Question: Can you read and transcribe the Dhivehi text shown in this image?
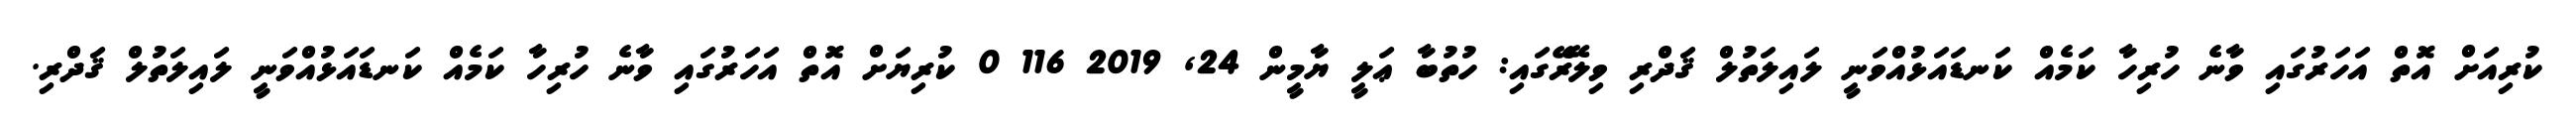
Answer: ކުރިއަށް އޮތް އަހަރުގައި ވާނެ ހުރިހާ ކަމެއް ކަނޑައަޅުއްވަނީ ލައިލަތުލް ޤަދްރި ވިލޭރޭގައި: ހުތުބާ ޢަލީ ޔާމީން 24, 2019 116 0 ކުރިޔަށް އޮތް އަހަރުގައި ވާނެ ހުރިހާ ކަމެއް ކަނޑައަޅުއްވަނީ ލައިލަތުލް ޤަދްރި.